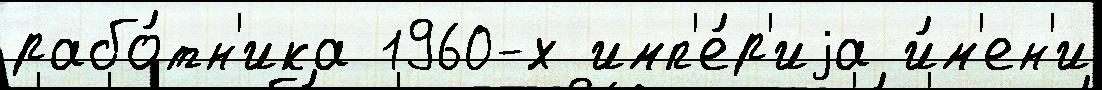
рабо́тн'ика 1960-х имп'е́р'иjа и́м'ен'и